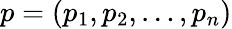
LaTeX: p=(p_{1},p_{2},\ldots,p_{n})